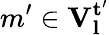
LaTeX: m^{\prime}\in\mathbf{V_{l}^{t^{\prime}}}